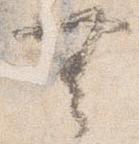
無